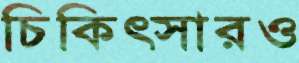
চিকিত্সারও